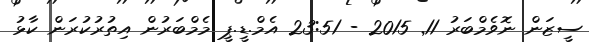
ސީޒަން ނޮވެމްބަރު 11